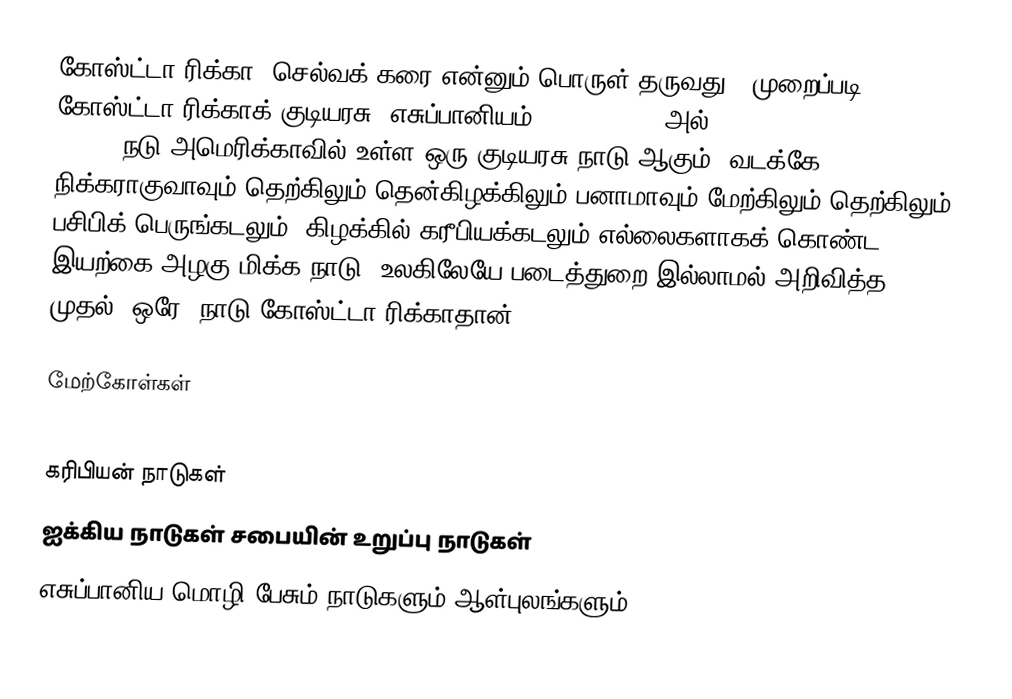
கோஸ்ட்டா ரிக்கா (செல்வக் கரை என்னும் பொருள் தருவது), முறைப்படி கோஸ்ட்டா ரிக்காக் குடியரசு (எசுப்பானியம்: Costa Rica (அல்) República de Costa Rica, IPA: ) நடு அமெரிக்காவில் உள்ள ஒரு குடியரசு நாடு ஆகும். வடக்கே நிக்கராகுவாவும் தெற்கிலும் தென்கிழக்கிலும் பனாமாவும் மேற்கிலும் தெற்கிலும் பசிபிக் பெருங்கடலும், கிழக்கில் கரீபியக்கடலும் எல்லைகளாகக் கொண்ட இயற்கை அழகு மிக்க நாடு. உலகிலேயே படைத்துறை இல்லாமல் அறிவித்த முதல் (ஒரே) நாடு கோஸ்ட்டா ரிக்காதான்.

மேற்கோள்கள்

கரிபியன் நாடுகள்
ஐக்கிய நாடுகள் சபையின் உறுப்பு நாடுகள்
எசுப்பானிய மொழி பேசும் நாடுகளும் ஆள்புலங்களும்